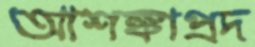
আশঙ্কাপ্রদ